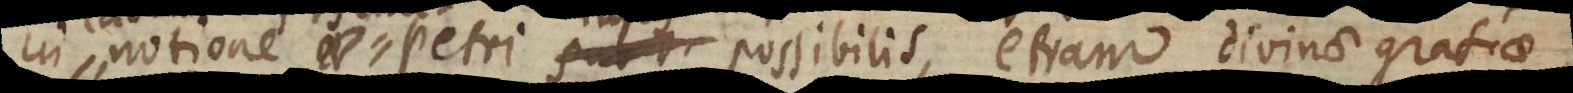
notione perfecta Petri hujus possibilis, etiam divinae gratia